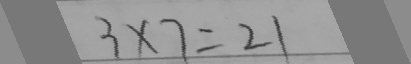
3 \times 7 = 2 1